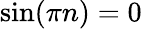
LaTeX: \sin({\pi n})=0